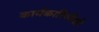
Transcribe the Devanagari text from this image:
कार्यकारिणीशी